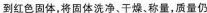
到红色固体，将固体洗净、干燥、称量，质量仍